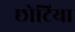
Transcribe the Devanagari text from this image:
छोटिया